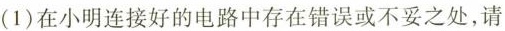
(1)在小明连接好的电路中存在错误或不妥之处，请